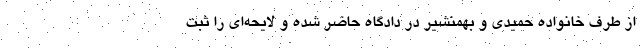
از طرف خانواده حمیدی و بهمنشیر در دادگاه حاضر شده و لایحه‌ای را ثبت